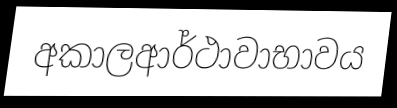
අකාලආර්ථාවාභාවය